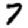
Digit: 7